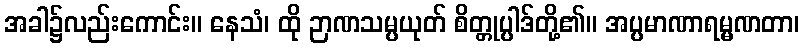
အခါ၌လည်းကောင်း။ နေသံ၊ ထို ဉာဏသမ္ပယုတ် စိတ္တုပ္ပါဒ်တို့၏။ အပ္ပမာဏာရမ္မဏတာ၊